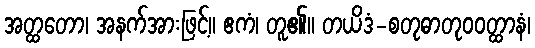
အတ္ထတော၊ အနက်အားဖြင့်။ ဧကံ၊ တူ၏။ တယိဒံ-စတုဓာတုဝဝတ္ထာနံ၊